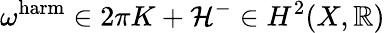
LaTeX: \omega^{\mathrm{harm}}\in 2\pi K+{\mathcal{H}}^{-}\in H^{2}(X,\mathbb{R})